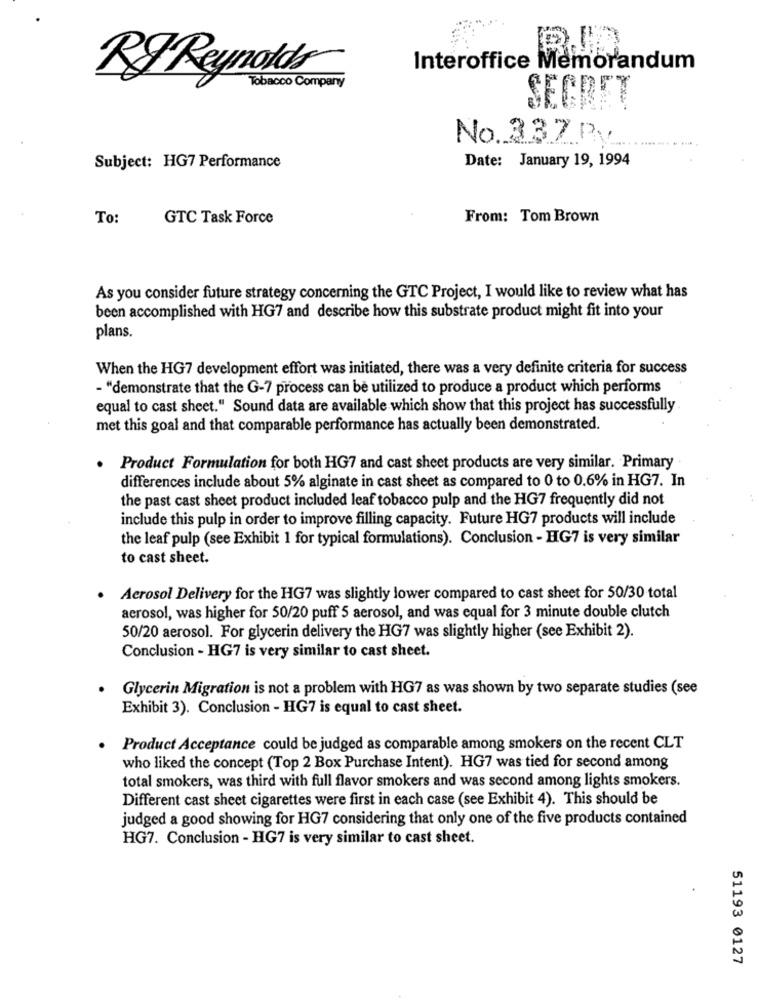
Interoffice Memorandum
RF Reynolds
Tobacco Company
SECRET
No. 337 PM
Date: January 19, 1994
Subject: HG7 Performance
To:
GTC Task Force
From: Tom Brown
As you consider future strategy concerning the GTC Project, I would like to review what has
been accomplished with HG7 and describe how this substrate product might fit into your
plans.
When the HG7 development effort was initiated, there was a very definite criteria for success
- "demonstrate that the G-7 process can be utilized to produce a product which performs
equal to cast sheet." Sound data are available which show that this project has successfully
met this goal and that comparable performance has actually been demonstrated.
. Product Formulation for both HG7 and cast sheet products are very similar. Primary
differences include about 5% alginate in cast sheet as compared to 0 to 0.6% in HG7. In
the past cast sheet product included leaf tobacco pulp and the HG7 frequently did not
include this pulp in order to improve filling capacity. Future HG7 products will include
the leaf pulp (see Exhibit 1 for typical formulations). Conclusion - HG7 is very similar
to cast sheet.
Aerosol Delivery for the HG7 was slightly lower compared to cast sheet for 50/30 total
acrosol, was higher for 50/20 puff 5 aerosol, and was equal for 3 minute double clutch
50/20 aerosol. For glycerin delivery the HG7 was slightly higher (see Exhibit 2).
Conclusion - HG7 is very similar to cast sheet.
Glycerin Migration is not a problem with HG7 as was shown by two separate studies (see
Exhibit 3). Conclusion - HG7 is equal to cast sheet.
. Product Acceptance could be judged as comparable among smokers on the recent CLT
who liked the concept (Top 2 Box Purchase Intent). HG7 was tied for second among
total smokers, was third with full flavor smokers and was second among lights smokers.
Different cast sheet cigarettes were first in each case (see Exhibit 4). This should be
judged a good showing for HG7 considering that only one of the five products contained
HG7. Conclusion - HG7 is very similar to cast sheet.
51193 0127